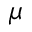
\mu